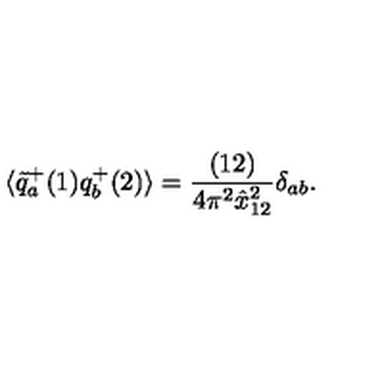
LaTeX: \langle \tilde { q } _ { a } ^ { + } ( 1 ) q _ { b } ^ { + } ( 2 ) \rangle = { \frac { ( 1 2 ) } { 4 \pi ^ { 2 } \hat { x } _ { 1 2 } ^ { 2 } } } \delta _ { a b } .